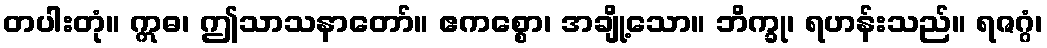
တပါးတုံ။ ဣဓ၊ ဤသာသနာတော်။ ဧကစ္စော၊ အချို့သော။ ဘိက္ခု၊ ရဟန်းသည်။ ရဇဂ္ဂံ၊